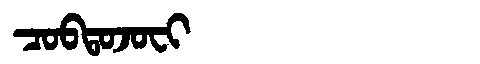
Manchu: ᠴᠣᠪᡨᠣᠵᠣᠸᡳ
Romanization: COBTOJOFI